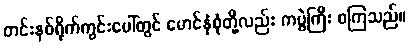
တင်းနစ်ရိုက်ကွင်းပေါ်တွင် မောင်နှံစုံတို့လည်း ကပွဲကြီး စကြသည်။